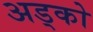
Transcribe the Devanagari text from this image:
अड्को